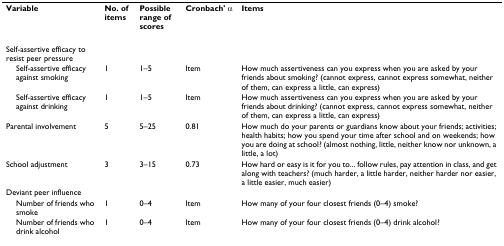
<table><thead><tr><td><b>Variable</b></td><td><b>No. of items</b></td><td><b>Possible range of scores</b></td><td><b>Cronbach&#x27; α</b></td><td><b>Items</b></td></tr></thead><tbody><tr><td>Self-assertive efficacy to resist peer pressure</td><td></td><td></td><td></td><td></td></tr><tr><td> Self-assertive efficacy against smoking</td><td>1</td><td>1–5</td><td>Item</td><td>How much assertiveness can you express when you are asked by your friends about smoking? (cannot express, cannot express somewhat, neither of them, can express a little, can express)</td></tr><tr><td> Self-assertive efficacy against drinking</td><td>1</td><td>1–5</td><td>Item</td><td>How much assertiveness can you express when you are asked by your friends about drinking? (cannot express, cannot express somewhat, neither of them, can express a little, can express)</td></tr><tr><td>Parental involvement</td><td>5</td><td>5–25</td><td>0.81</td><td>How much do your parents or guardians know about your friends; activities; health habits; how you spend your time after school and on weekends; how you are doing at school? (almost nothing, little, neither know nor unknown, a little, a lot)</td></tr><tr><td>School adjustment</td><td>3</td><td>3–15</td><td>0.73</td><td>How hard or easy is it for you to... follow rules, pay attention in class, and get along with teachers? (much harder, a little harder, neither harder nor easier, a little easier, much easier)</td></tr><tr><td>Deviant peer influence</td><td></td><td></td><td></td><td></td></tr><tr><td> Number of friends who smoke</td><td>1</td><td>0–4</td><td>Item</td><td>How many of your four closest friends (0–4) smoke?</td></tr><tr><td> Number of friends who drink alcohol</td><td>1</td><td>0–4</td><td>Item</td><td>How many of your four closest friends (0–4) drink alcohol?</td></tr></tbody></table>